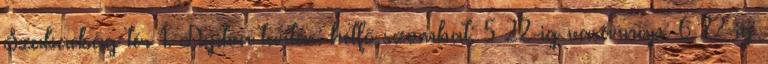
Szabadság tér 1. Nyitva tartás: hétfő–szombat: 5–22-ig vasárnap: 6–22-ig